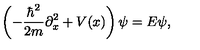
\left( - { \frac { \hbar ^ { 2 } } { 2 m } } \partial _ { x } ^ { 2 } + V ( x ) \right) \psi = E \psi ,